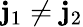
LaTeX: \mathbf{j}_{1}\ne\mathbf{j}_{2}